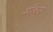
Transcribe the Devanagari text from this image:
मॉथ्स